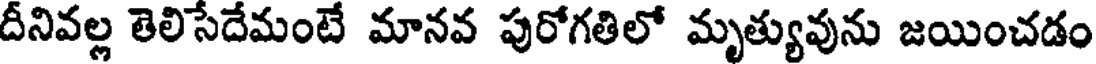
దీనివల్ల తెలిసేదేమంటే మానవ పురోగతిలో మృత్యువును జయించడం